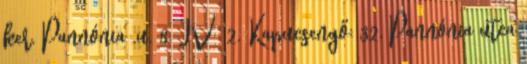
ker. Pannónia .u. 8. IV 2. Kapucsengő: 32. Pannónia utca